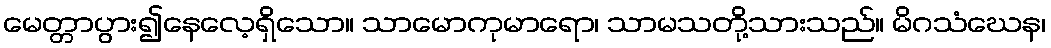
မေတ္တာပွား၍နေလေ့ရှိသော။ သာမောကုမာရော၊ သာမသတို့သားသည်။ မိဂသံဃေန၊